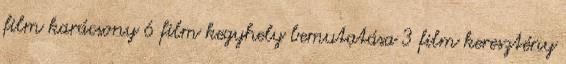
film karácsony 6 film kegyhely bemutatása 3 film keresztény